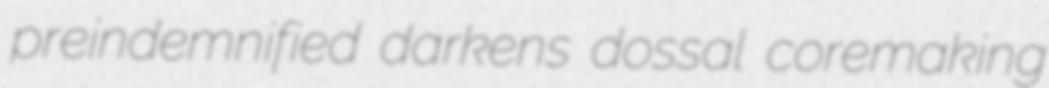
preindemnified darkens dossal coremaking